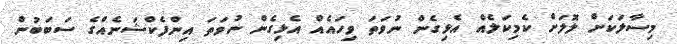
މިސާލަކަށް ލޮލަށް ކެމިކަލެއް އެޅިގެން ނުވަތަ ވިހައެއް އެޅިގެން ނުވަތަ އިންފެކްޝަނެއްގެ ސަބަބުން